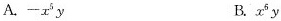
A.-x^{6}y B.x^{6}y